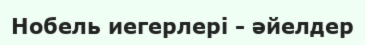
Нобель иегерлері - әйелдер